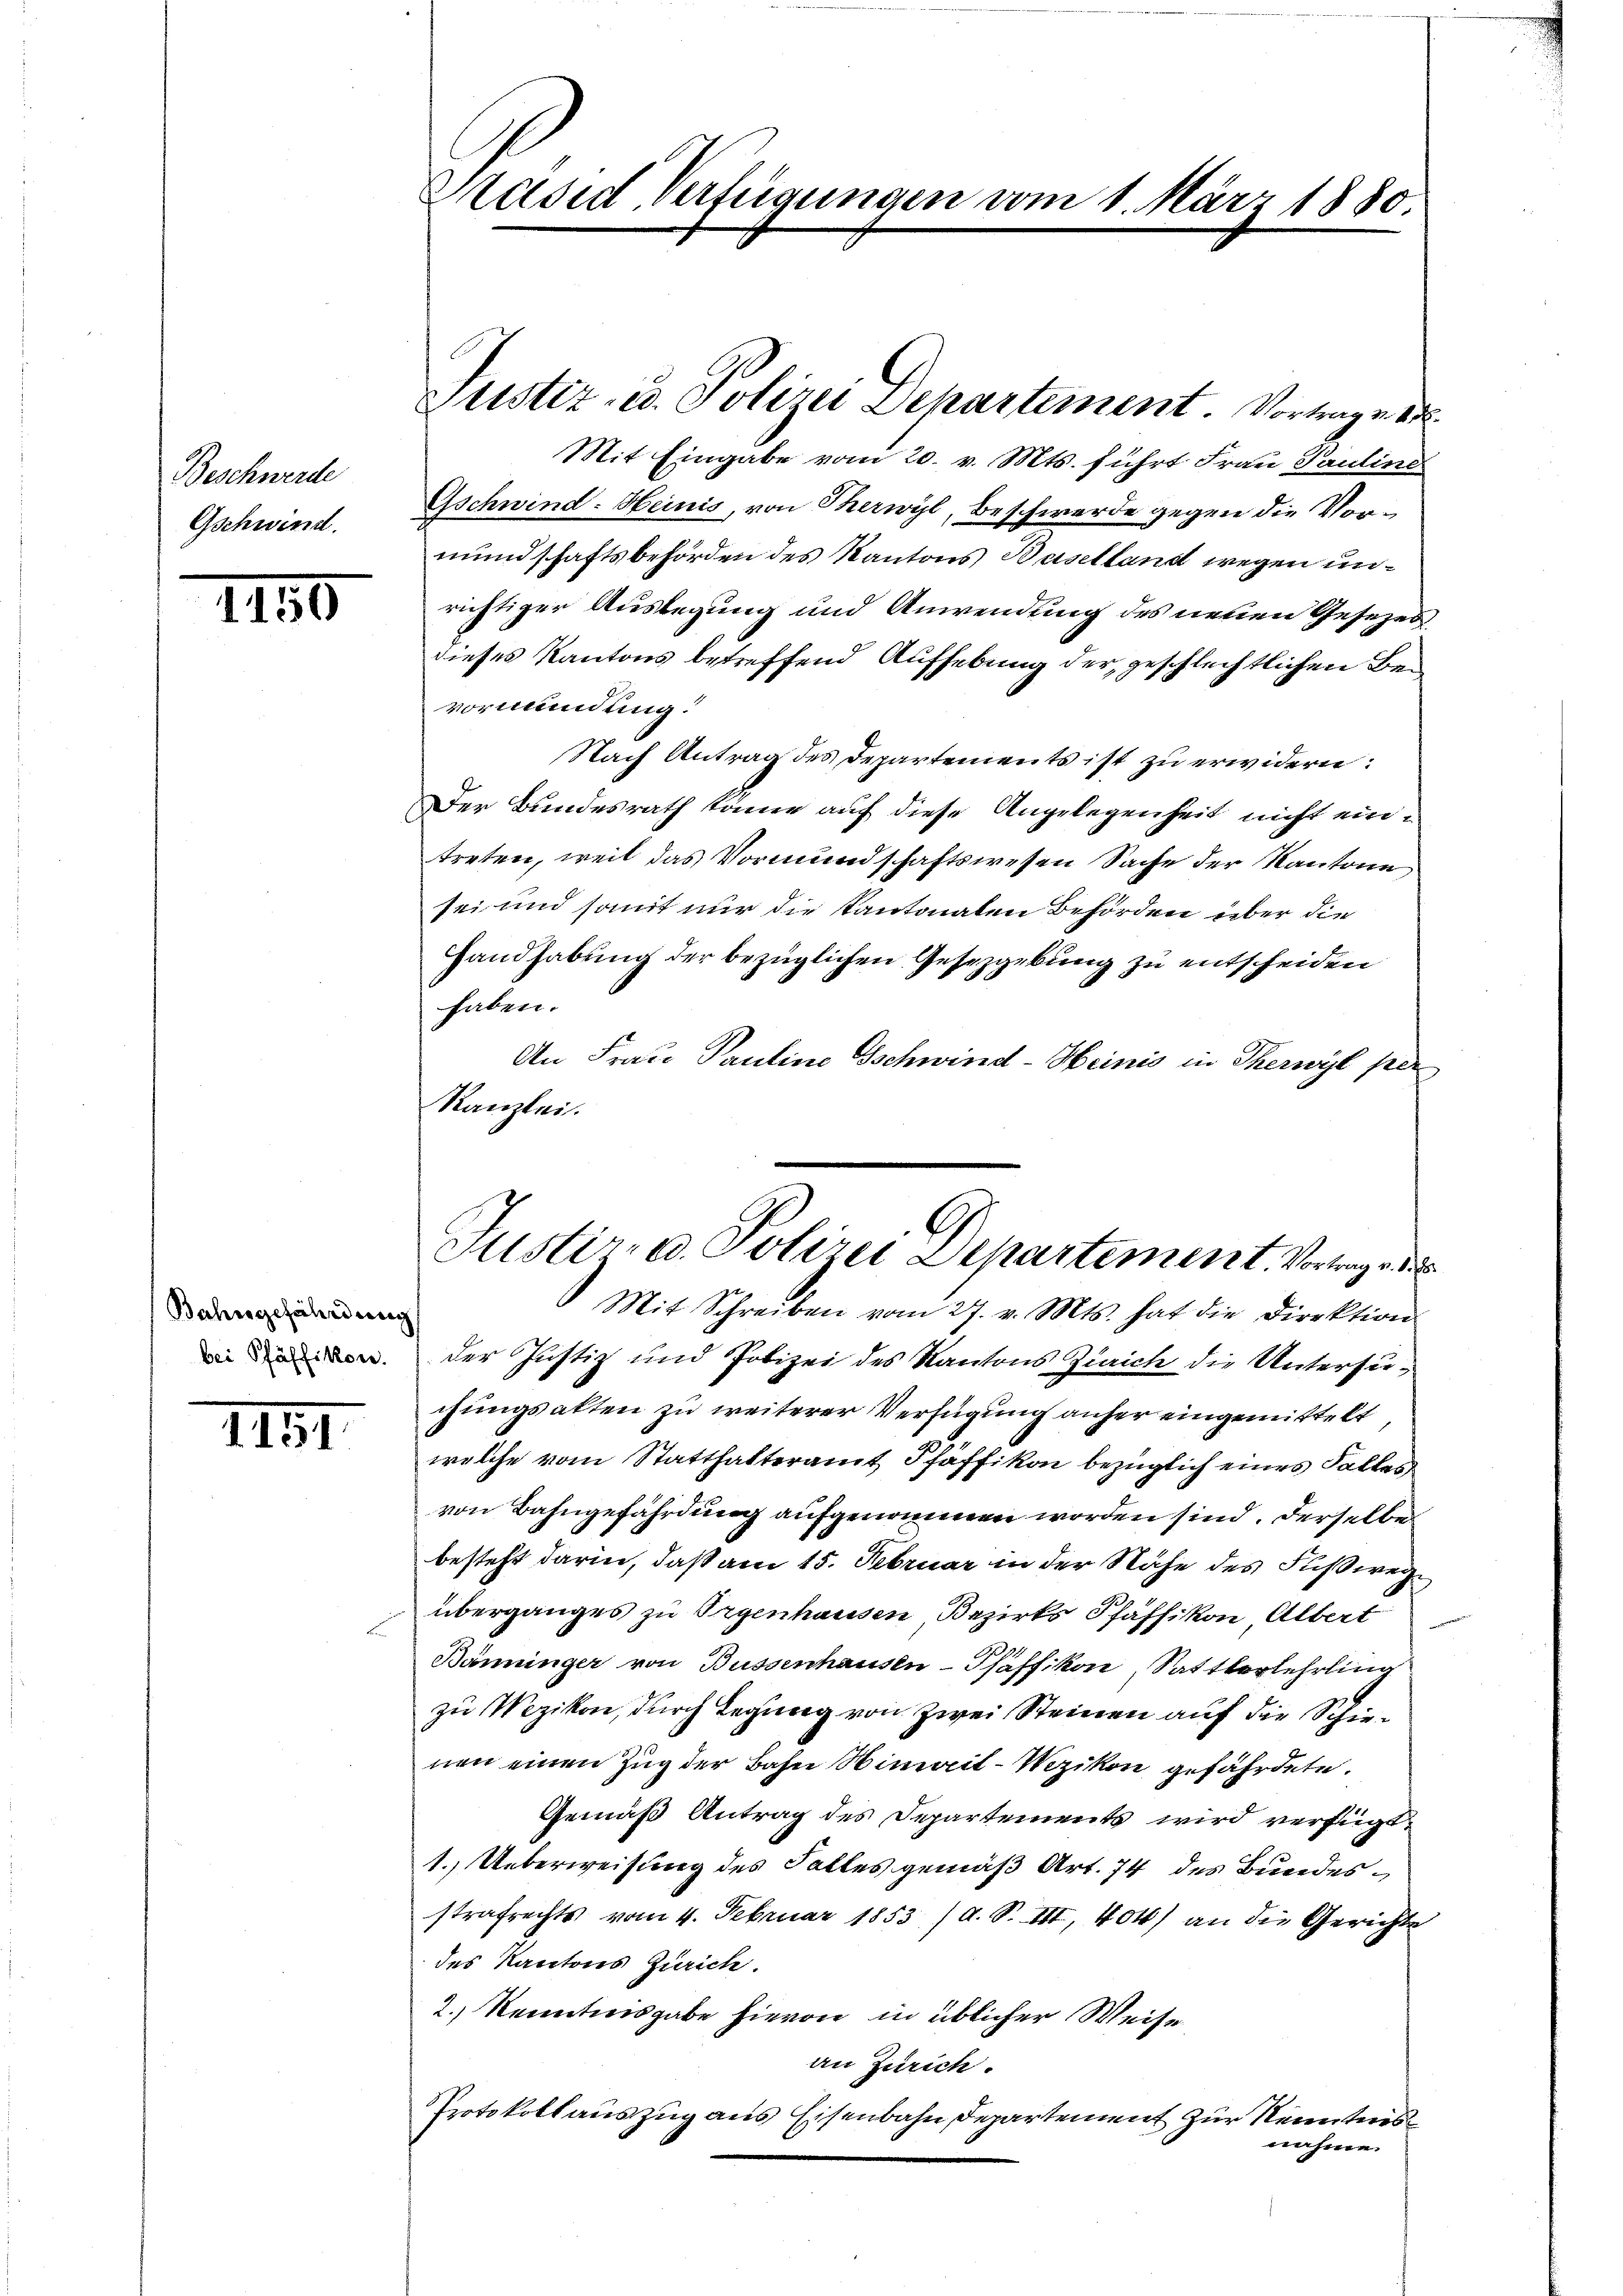
Beschwerde
Gschwind.

1156

Bahngefährdung

IIII.

Präsid Verfügungen vom 1. März 1880.

Mit Eingabe vom 20. v. Mts. führt Frau Pauline
Gschwind-Heinis, von Therwyl, Beschwerde gegen die Vormundschaftsbehörden des Kantons Baselland wegen unrichtiger Auslegung und Anwendung des neuen Gesezes
dieses Kantons betreffend Aufhebung der geschlechtlichen Bevormundung.
Nach Antrag des Departements ist zu erwidern:
Der Bundesrath könne auf diese Angelegenheit nicht eintreten, weil das Vormundschaftswesen Sache der Kantone
sei und somit nur die Kantonalen Behörden über die
Handhabung der bezüglichen Gesetzgebung zu entscheiden
haben.
An Frau Pauline Gschwind-Heinis in Therwyl per
Kanzlei.

Justiz- u. Polizei Departement Vortragend

Justiz- u. Polizei Departement. Vortrage des
Mit Schreiben vom 27. v. Mts. hat die Direktion

an. Der Justiz und Polizei des Kantons Zürich die Untersuchungsakten zu weiterer Verfügung anher eingemittelt,
welche vom Statthalteramt Pfäffikon bezüglich eines Falles
von Bahngefährdung aufgenommen worden sind. Derselbe
besteht darin, daß am 15. Februar in der Nähe des Fußwege
Überganges zu Orgenhausen Bezirks Pfäffikon Albert
Bänninger von Bussenhausen-Pfäffikon, Sattlerlehrling
zu Wezikon, durch Legung von zwei Steinen auf die Schienen einen Zug der Bahn Wimait-Wezikon gefährdete.
Gemäß Antrag des Departements wird verfügt
1. Ueberweisung des Falles gemäß Art. 74 des Bundesstrafrechts vom 4. Februar 1853 /d. S. VII, 404) an die Gerichte
des Kantons Zürich.
2.) Kenntnisgabe hievon in üblicher Weise
an Zürich.
Protokollauszug aus Eisenbahn Departement zur Kenntnis
nahme.